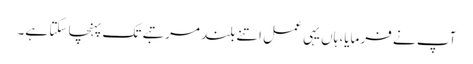
آپ نے فرمایا، ہاں یہی عمل اتنے بلند مرتبے تک پہنچا سکتا ہے۔